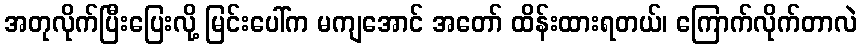
အတုလိုက်ပြီးပြေးလို့ မြင်းပေါ်က မကျအောင် အတော် ထိန်းထားရတယ်၊ ကြောက်လိုက်တာလဲ